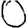
Digit: 0